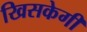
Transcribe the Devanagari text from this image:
खिसकेगी